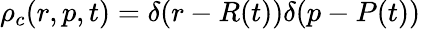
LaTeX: \rho_{c}(r,p,t)=\delta(r-R(t))\delta(p-P(t))